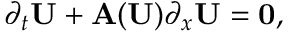
\partial _ { t } \mathbf { U } + \mathbf { A } ( \mathbf { U } ) \partial _ { x } \mathbf { U } = \mathbf { 0 } ,